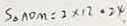
S \Delta A O M = 2 \times 1 2 = 2 4